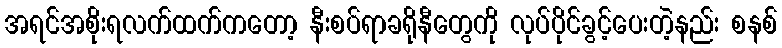
အရင်အစိုးရလက်ထက်ကတော့ နီးစပ်ရာခရိုနီတွေကို လုပ်ပိုင်ခွင့်ပေးတဲ့နည်း စနစ်